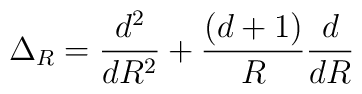
\Delta _R = \frac{d^2}{dR^2} + \frac{(d+1)}{R} \frac{d}{dR}